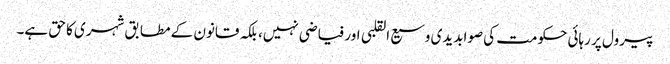
پیرول پر رہائی حکومت کی صوابدیدی وسیع القلبی اور فیاضی نہیں، بلکہ قانون کے مطابق شہری کا حق ہے۔